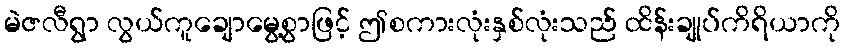
မဲဇလီရွာ လွယ်ကူချောမွေ့စွာဖြင့် ဤစကားလုံးနှစ်လုံးသည် ထိန်းချုပ်ကိရိယာကို